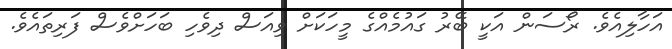
އަހާލިއެވެ. ރޯސަން އަކީ ބޭރު ގައުމެއްގެ މީހަކަށް ވިއަސް ދިވެހި ބަހަށްވެސް ފަރިތައެވެ.